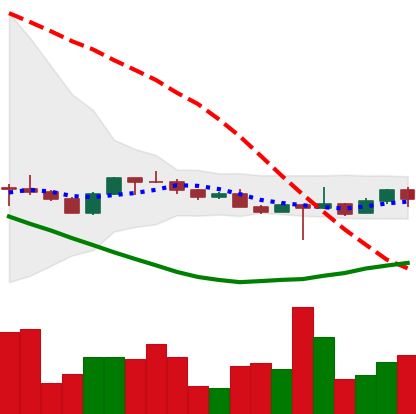
Ticker: ETH-USD
Chart end date: 2022-10-18
Forward return: 4.044%
Label: up_3_5